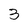
Character: 3